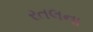
રતલના